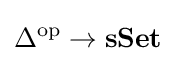
\Delta ^{\mathrm {op} }\rightarrow \mathbf {sSet}